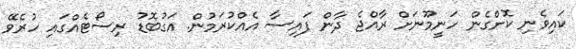
ކައިވެނި ކޮށްގެން ހަނީމޫނަށް ރާއްޖެ ދާން ފައިސާ އެއްކުރަމުން. އަގުބޮޑު ރިސޯޓެއްގައި ހުރެވޭ